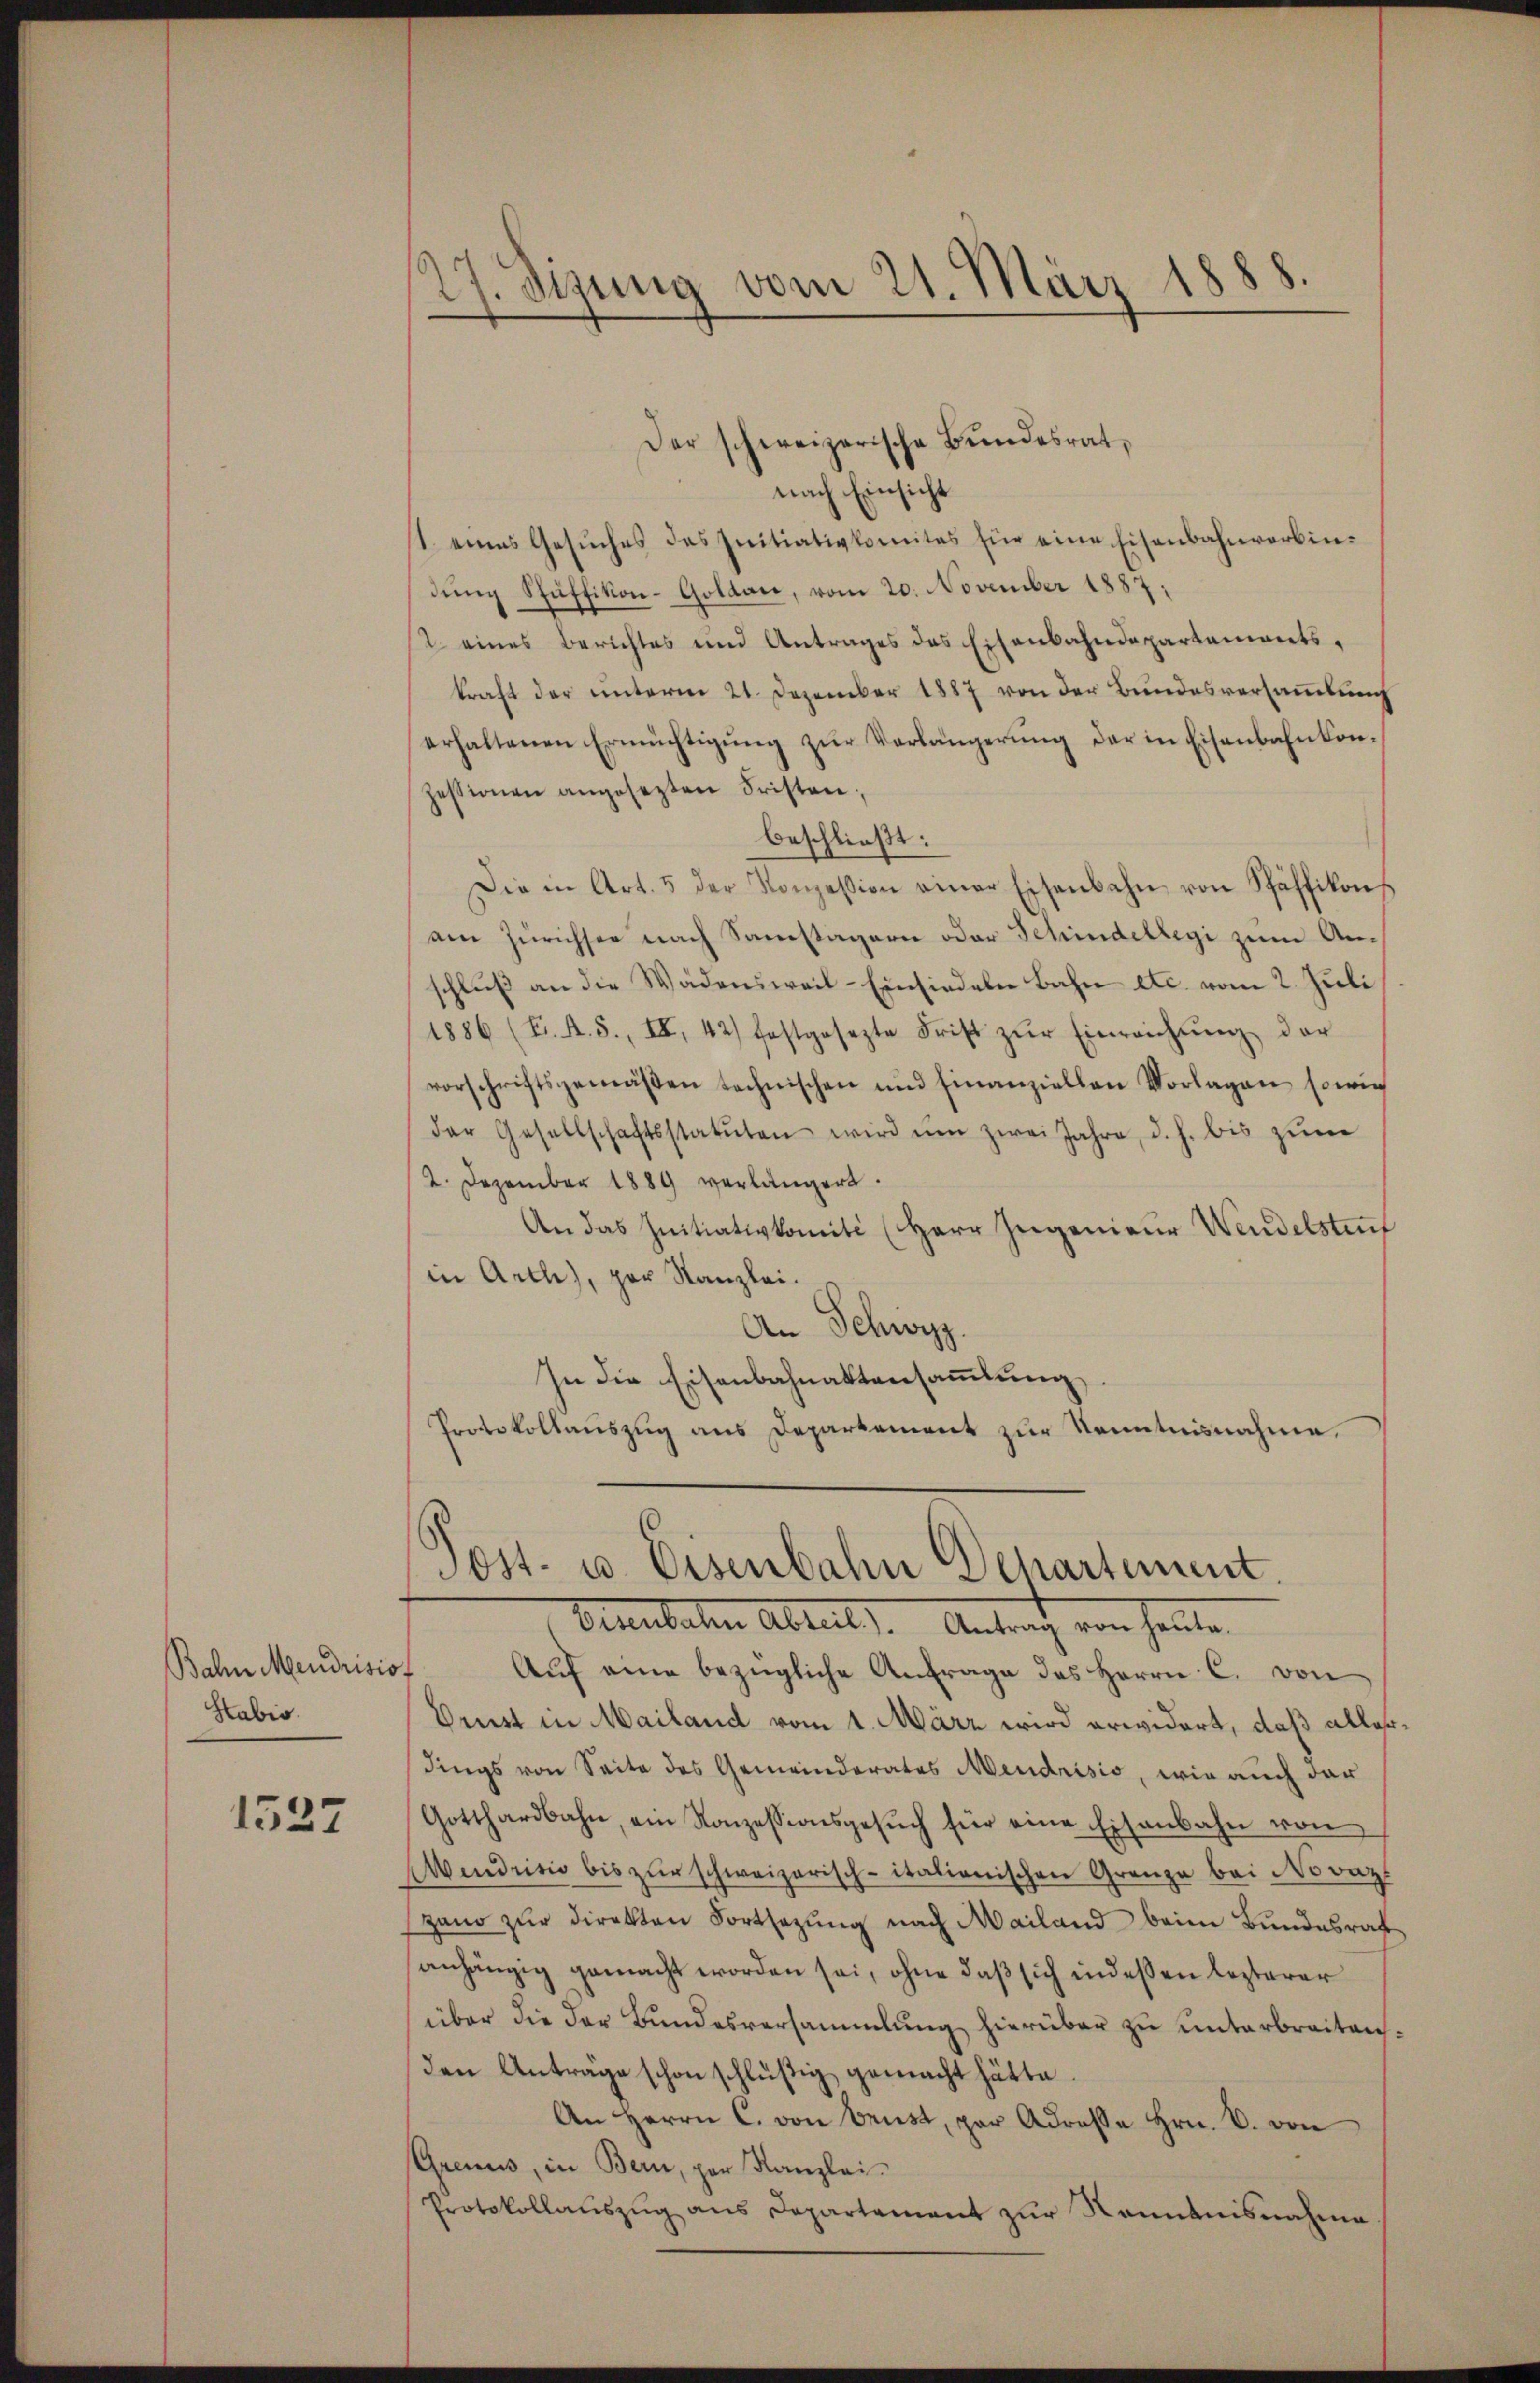
Bahn Mendrisis.
Stabis.

1527

27. Sizung vom 21. März 1888.
1

Der schweizerische Bundesrat,
nach Einsicht
1. eines Gesŭches des Initiativkomites für eine Eisenbahnverbindŭng Stäffikon-Goldau, vom 20. November 1887.
12 eines Berichtes und Antrages des Eisenbahndepartaments-
kraft der ŭnterm 21. Dezember 1887 von der Bundesversaṁlŭng
erhaltenen Ermächtigung zur Vorlängerung der in Eisenbahnkonzessionen angesezten Fristen;
beschließt:
Die in Art. 5 der Konzession einer Eisenbahn von Stäffikon
am Zürichsee nach Samstagern oder Schindellegi zum Anschlŭβ an die Wädensweil–Einsiedeln Bahn etc. vom 2. Juli
1886 (F. A. S., II, 42) festgesezte Frist zŭr Einreichŭng der
vorschriftsgemäβen technischen und finanziellen Vorlagen sowie
der Gesellschaftsstatuten wird ŭm zwei Jahre, d. h. bis zŭm
2. Dezember 1889 verlängert.
An das Initiativkomité (Herr Ingenieur Wendelstauf
in Arch), par Kanzlei.
An Schwyz.
In die Eisenbahnaktensammlung
Protokollauszug aus Departement zur Kenntnisnahme.

Post- u. Eisenbahn Departement.
Birnbaten Abrul). Antrag von heute.

Aŭf eine bezügliche Anfrage des Herrn C. von
Ornst in Mailand vom 1. März wird erwidert, daß allerdings von Seite des Gemeinderates Mendrisis, wie auch dar
Gotthardbahn, ein Konzessionsgesŭch für eine Eisenbahn von
Mendrisis bis zŭr schweizerisch-itationischen Grenze bei Novaz
gano zur Direkten Fortsezung nach Mailand beim Bundesrat
anhängig gemacht worden sei, ohne daß sich indeßen lezterer
über die der Bundesversammlung hierüber zu unterbreitenden Anträge schon schlüßig gemacht hätte
An Herrn C. von Beist, par Adresse Hrn. B. von
Gremus, in Bern, per Kanzlei¬
Protokollaŭszŭg ans Departement zŭr Kenntnisnahme